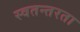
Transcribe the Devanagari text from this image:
स्वतन्तरता